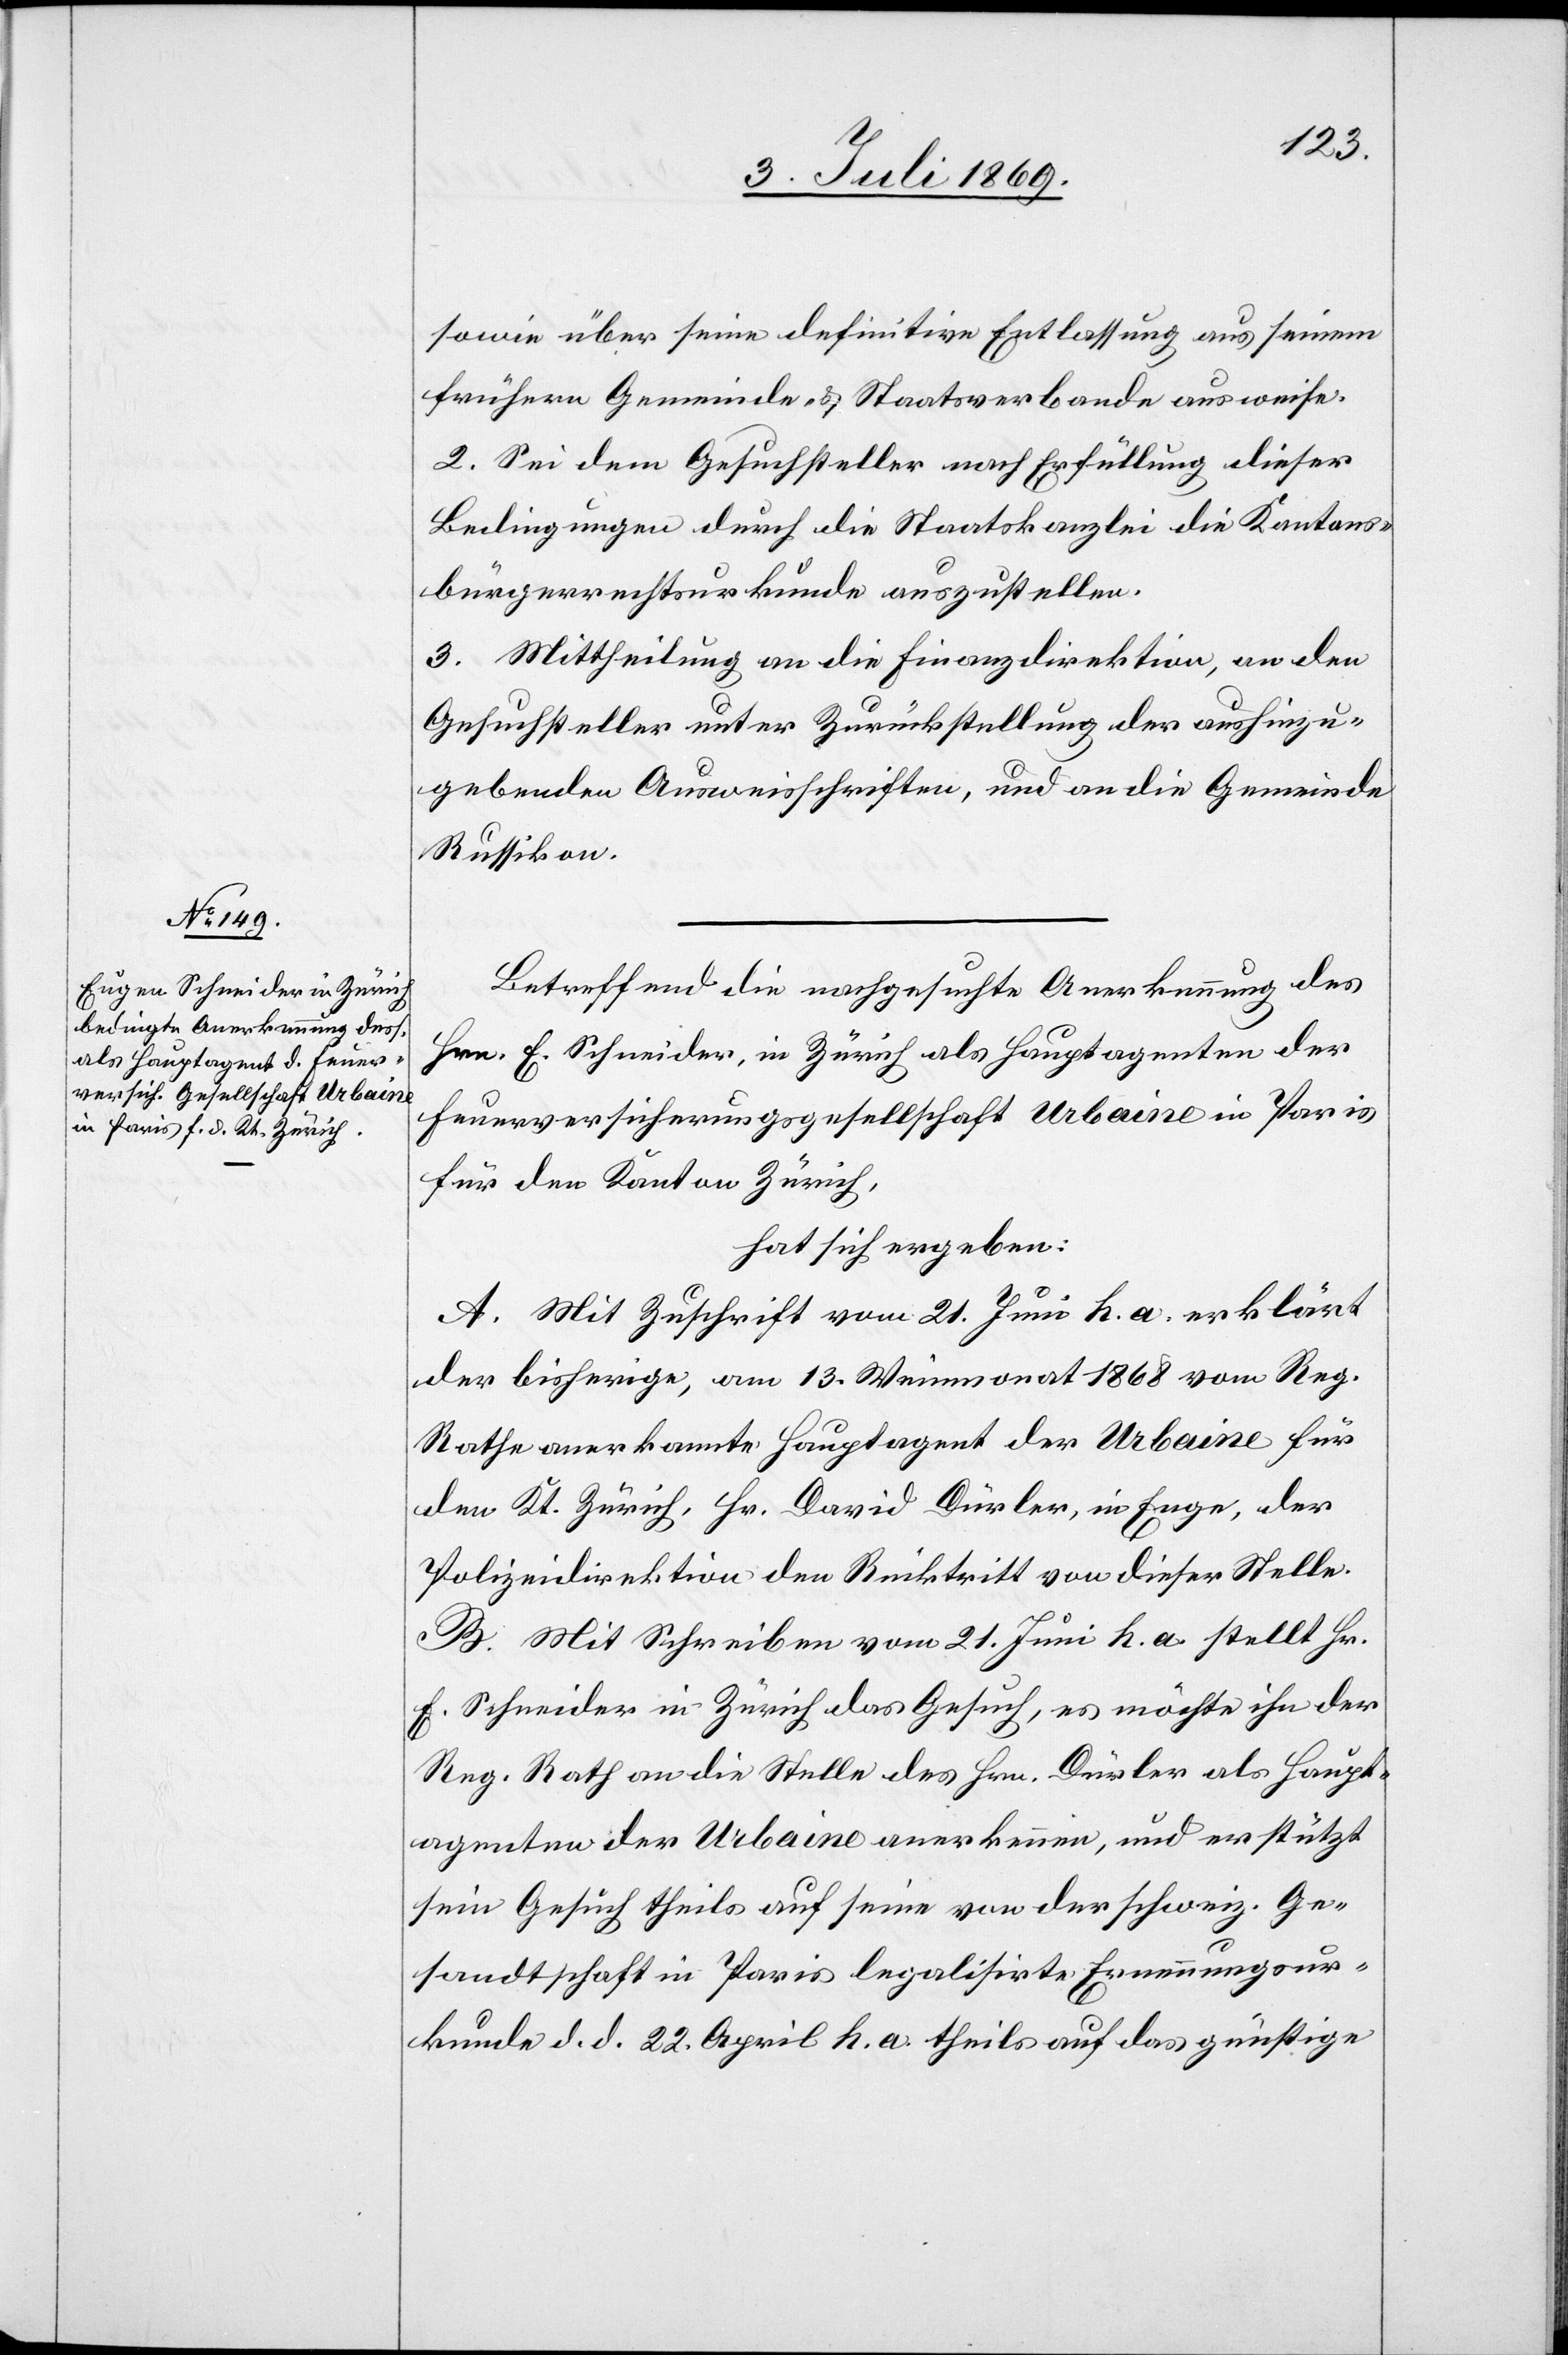
sowie über seine definitive Entlassung aus seinem
frühern Gemeinde- u. Staatsverbande ausweise.
2. Sei dem Gesuchsteller nach Erfüllung dieser
Bedingungen durch die Staatskanzlei die Kantons¬
bürgerrechtsurkunde auszustellen.
3. Mittheilung an die Finanzdirektion, an den
Gesuchsteller unter Zurückstellung der aushinzu¬
gebenden Ausweisschriften, und an die Gemeinde
Russikon.
Betreffend die nachgesuchte Anerkennung des
Hrn. E. Schneider, in Zürich als Hauptagenten der
Feuerversicherungsgesellschaft Urbaine in Paris
für den Kanton Zürich,
hat sich ergeben:
A. Mit Zuschrift vom 21 Juni h. a. erklärt
der bisherige, am 13 Weinmonat 1868 von Reg.
Rathe anerkannte Hauptagent der Urbaine für
den Kt. Zürich, Hr. David Dürler, in Enge, der
Polizeidirektion den Rücktritt von dieser Stelle.
B. Mit Schreiben vom 21 Juni h. a. stellt Hr.
E. Schneider in Zürich das Gesuch, es möchte ihn der
Reg. Rath an die Stelle des Hrn. Dürler als Haupt¬
agenten der Urbaine anerkennen, und er stützt
sein Gesuch theils auf seine von der schweiz. Ge¬
sandtschaft in Paris legalisirte Ernennungsur¬
kunde d. d. 22 April h. a. theils auf das günstige